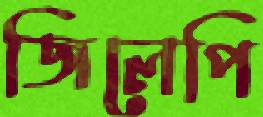
জিলেপি